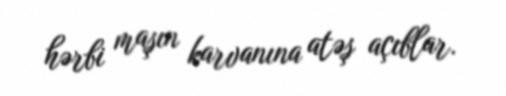
hərbi maşın karvanına atəş açıblar.